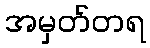
အမှတ်တရ